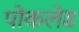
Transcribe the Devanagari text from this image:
पोकलेड